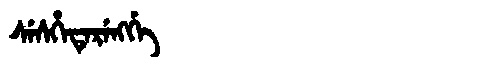
Manchu: ᠰᡝᠰᡥᡝᡨᡝᡵᡝᠩᡤᡝ
Romanization: SESHETERENGGE